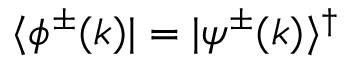
\langle \phi ^ { \pm } ( k ) | = | \psi ^ { \pm } ( k ) \rangle ^ { \dagger }